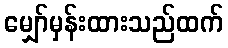
မျှော်မှန်းထားသည်ထက်